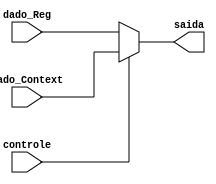
module muxHDContext(
dado_Reg,
dado_Context,
controle,
saida
);

input [31:0] dado_Reg, dado_Context;
input controle;

output reg [31:0] saida;

always @(dado_Reg or dado_Context or controle) begin
	if(controle)
		saida = dado_Context;
	else
		saida = dado_Reg;
end

endmodule